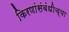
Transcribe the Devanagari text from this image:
किरणांसंबंधीच्या